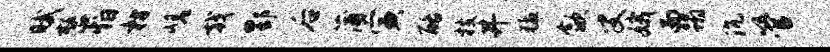
赋整怕枋嵯戟酆后蒲寅酪枝井猛歙叟娥而蹋沉管